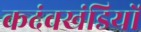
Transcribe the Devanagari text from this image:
कदंवखंडियों